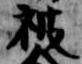
被